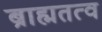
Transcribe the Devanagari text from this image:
ब्राह्मतत्व